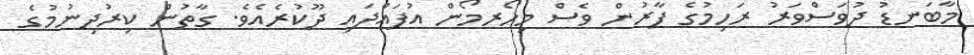
މާބަނޑު ދުވަސްވަރު ރަހިމުގެ ފާރުން ވެސް މިހޯރމޯން އުފައްދައި ދޫކުރެއެވެ. ގާތުން ކިރުދިނުމުގެ